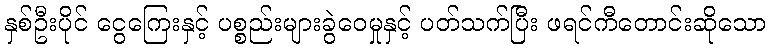
နှစ်ဦးပိုင် ငွေကြေးနှင့် ပစ္စည်းများခွဲဝေမှုနှင့် ပတ်သက်ပြီး ဖရင်ကီတောင်းဆိုသော